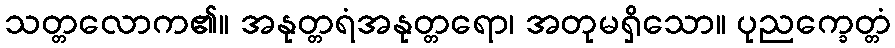
သတ္တလောက၏။ အနုတ္တရံအနုတ္တရော၊ အတုမရှိသော။ ပုညက္ခေတ္တံ